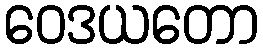
ဝေဒယတော